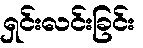
ရှင်းလင်းခြင်း